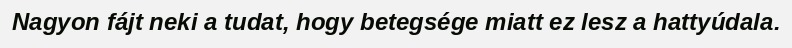
Nagyon fájt neki a tudat, hogy betegsége miatt ez lesz a hattyúdala.